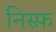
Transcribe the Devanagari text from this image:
निस्फ़